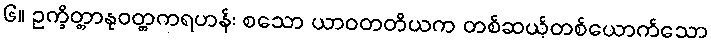
၆။ ဥက္ခိတ္တာနုဝတ္တကရဟန်း စသော ယာဝတတိယက တစ်ဆယ့်တစ်ယောက်သော